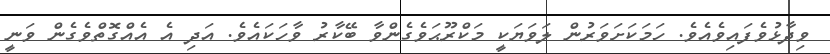
ވިދާޅުވެފައިވެއެވެ. ހަމަކަށަވަރުން ލަވަޔަކީ މަކްރޫޙަވެގެންވާ ބޭކާރު ވާހަކައެވެ. އަދި އެ އެއްގޮތްވެގެން ވަނީ